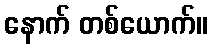
နောက် တစ်ယောက်။